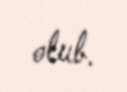
olub.